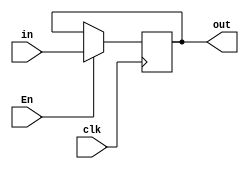
module PC(input clk, En, input [4:0] in, output reg [4:0] out);
	initial out = 0;
	always @(posedge clk) begin
		if(En) out = in;
		else out = out;
	end
endmodule